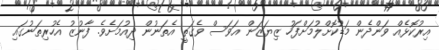
އިރުކޮޅެއް ވަންދެން މަޑުކޮށްލުމަށްފަހު ޒިޔަޒަން އަވަސް ވެގަތީ އެތަނުން ދިއުމަށެވެ. ފާނުޒު އެހުރިތަނުގައި